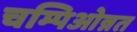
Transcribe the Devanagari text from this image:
चम्पिओन्नत